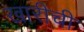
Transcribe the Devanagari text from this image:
खारीची